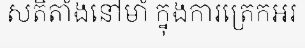
សតិតាំងនៅមាំ ក្នុងការត្រេកអរ